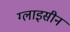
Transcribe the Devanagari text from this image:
ग्लाइसीन